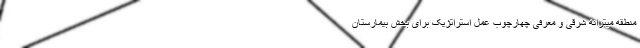
منطقه میترانه شرقی و معرفی چهارچوب عمل استراتژیک برای بخش بیمارستان